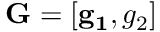
\mathbf { G } = [ \mathbf { g _ { 1 } } , g _ { 2 } ]